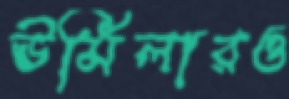
ঊর্মিলারও